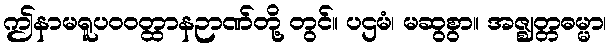
ဤနာမရူပဝဝတ္ထာနဉာဏ်တို့ တွင်။ ပဌမံ၊ မဆွစွာ။ အဇ္ဈတ္တဓမ္မာ၊